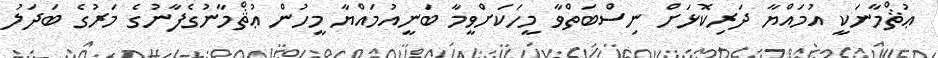
ޢުޘްމާނަކީ އުމައްޔާ ދަރިކޮޅަށް ނިސްބަތްވާ މީހަކަށްވީމާ ބަނީއުމައްޔާ މީހުން ޢުޘްމާނުގެފާނުގެ މަރުގެ ބަދަލު